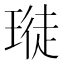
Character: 𪼊